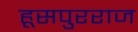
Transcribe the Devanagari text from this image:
हूसपुरराज